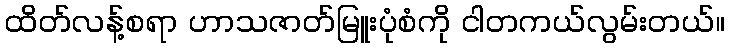
ထိတ်လန့်စရာ ဟာသဇာတ်မြူးပုံစံကို ငါတကယ်လွမ်းတယ်။